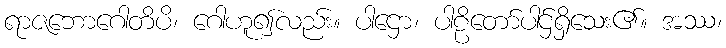
ရာဇဘောဂေါတိပိ၊ ဂေါဟူ၍လည်း။ ပါဌော၊ ပါဠိတော်ပါဌ်ရှိသေး၏။ အဿ၊